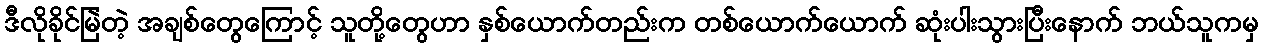
ဒီလိုခိုင်မြဲတဲ့ အချစ်တွေကြောင့် သူတို့တွေဟာ နှစ်ယောက်တည်းက တစ်ယောက်ယောက် ဆုံးပါးသွားပြီးနောက် ဘယ်သူကမှ